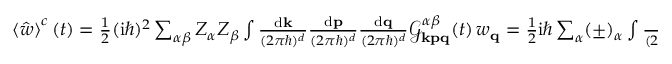
\begin{array} { r } { \left\langle \hat { w } \right\rangle ^ { c } ( t ) = \frac { 1 } { 2 } ( \mathrm { i } \hbar ) ^ { 2 } \sum _ { \alpha \beta } Z _ { \alpha } Z _ { \beta } \int \frac { \mathrm { d } \mathbf { k } } { ( 2 \pi \hbar ) ^ { d } } \frac { \mathrm { d } \mathbf { p } } { ( 2 \pi \hbar ) ^ { d } } \frac { \mathrm { d } \mathbf { q } } { ( 2 \pi \hbar ) ^ { d } } \mathcal { G } _ { \mathbf { k p q } } ^ { \alpha \beta } ( t ) \, w _ { \mathbf { q } } = \frac { 1 } { 2 } \mathrm { i } \hbar \sum _ { \alpha } ( \pm ) _ { \alpha } \int \frac { \mathrm { d } \mathbf { p } } { ( 2 \pi \hbar ) ^ { d } } I _ { \mathbf { p } \alpha } ( t ) \, . } \end{array}